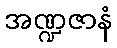
အဏ္ဍဇာနံ